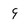
Character: 9